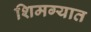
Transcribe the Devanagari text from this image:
शिमग्यात